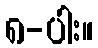
၈-ပါး။